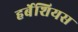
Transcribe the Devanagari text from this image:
हर्बेशियस